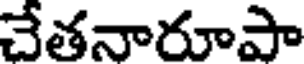
చేతనారూపా